[Report on the health of British troops in the Madras command]
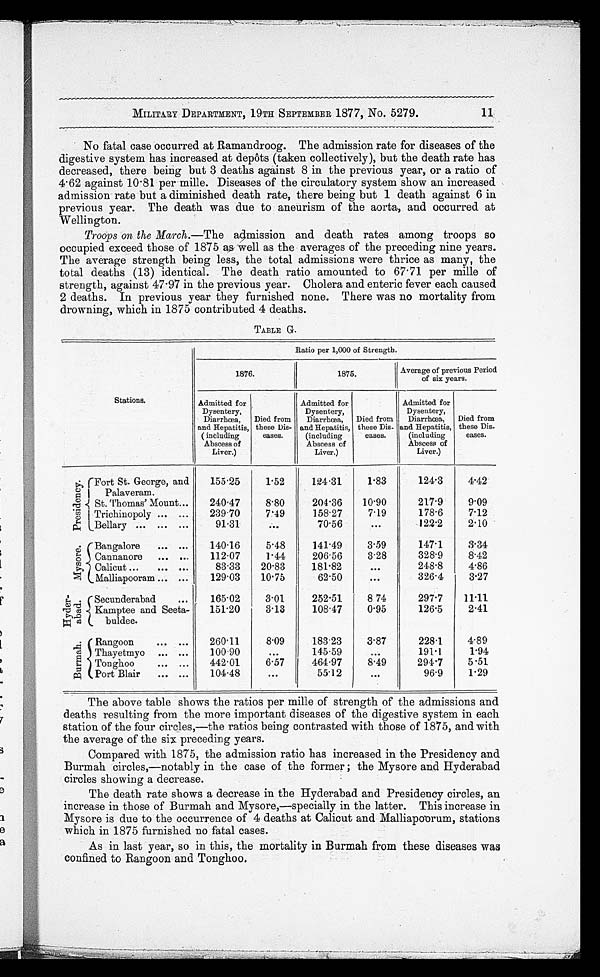
11
MILITARY DEPARTMENT, 19TH SEPTEMBER 1877, No. 5279.
No fatal case occurred at Ramandroog. The admission rate for diseases of the
digestive system has increased at depôts (taken collectively), but the death rate has
decreased, there being but 3 deaths against 8 in the previous year, or a ratio of
4.62 against 10.81 per mille. Diseases of the circulatory system show an increased
admission rate but a diminished death rate, there being but 1 death against 6 in
previous year. The death was due to aneurism of the aorta, and occurred at
Wellington.
Troops on the March.— The admission and death rates among troops so
occupied exceed those of 1875 as well as the averages of the preceding nine years.
The average strength being less, the total admissions were thrice as many, the
total deaths (13) identical. The death ratio amounted to 67.71 per mille of
strength, against 47.97 in the previous year. Cholera and enteric fever each caused
2 deaths. In previous year they furnished none. There was no mortality from
drowning, which in 1875 contributed 4 deaths.
TABLE G.
Ratio per 1,000 of Strength.
1876.
1875.
Average of previous Period
of six years.
I
Stations.
Admitted for
Dysentery,
Diarrhœa,
and Hepatitis,
( including
Abscess of
Liver.)
Died from
these Dis
-eases.
Admitted for
Dysentery,
Diarrhœa,
and Hepatitis,
(including
Abscess of
Liver.)
Died from
these Dis
-eases.
Admitted for
Dysentery,
Diarrhœa,
and Hepatitis,
(including
Abscess of
Liver.)
Died from
these Dis
-eases.
P r e s i d e n c y .
Fort St. George, and
Palaveram.
155 . 25
1.52
124.31
1.83
124.3
4.42
St. Thomas' Mount . . .
240.47
8.80
204.36
10 . 90
217.9
9.09
Trichinopoly . . .
239.70
7.49
158.27
7.19
178.6
7.12
Bellary . . .
91.31
. . .
70.56
. . . 122 .2
2.10
M y s o r e . Bangalore . . .
140.16
5.48
141.49
3.59
147.1
3.34
Cannanore . . .
112.07
1.44
206 . 56
3.28
328.9
8.42
Calicut . . .
83.33
20.83
181.82
. . .
248.8
4.86
Malliapooram . . .
129.03
10 . 75
62.50
. . .
326.4
3.27
H y d e r - a b a d .
Secunderabad . . .
165.02
3.01
252.51
8 74
297.7
11.11
Kamptee and Seeta
-buldee.
151 . 20
3.13
108.47
0.95
126.5
2.41
B u r m a h .
Rangoon . . .
260.11
8.09
183.23
3.87
228.1
4.89
Thayetmyo . . .
100.90
. . .
145.59
. . .
191.1
1.94
Tonghoo . . .
442.01
6.57
464.97
8.49
294.7
5.51
Port Blair . . .
104.48
. . .
55.12
. . .
96.9
1.29
The above table shows the ratios per mille of strength of the admissions and
deaths resulting from the more important diseases of the digestive system in each
station of the four circles,—the ratios being contrasted with those of 1875, and with
the average of the six preceding years.
Compared with 1875, the admission ratio has increased in the Presidency and
Burmah circles,—notably in the case of the former; the Mysore and Hyderabad
circles showing a decrease.
The death rate shows a decrease in the Hyderabad and Presidency circles, an
increase in those of Burmah and Mysore,—specially in the latter. This increase in
Mysore is due to the occurrence of 4 deaths at Calicut and Malliapoorum, stations
which in 1875 furnished no fatal cases.
As in last year, so in this, the mortality in Burmah from these diseases was
confined to Rangoon and Tonghoo.